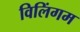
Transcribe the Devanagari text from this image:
विलिंगम